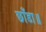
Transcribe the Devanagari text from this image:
छाँडा॥